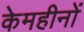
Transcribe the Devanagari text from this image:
केमहीनों